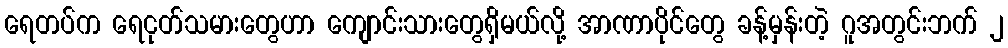
ရေတပ်က ရေငုတ်သမားတွေဟာ ကျောင်းသားတွေရှိမယ်လို့ အာဏာပိုင်တွေ ခန့်မှန်းတဲ့ ဂူအတွင်းဘက် ၂